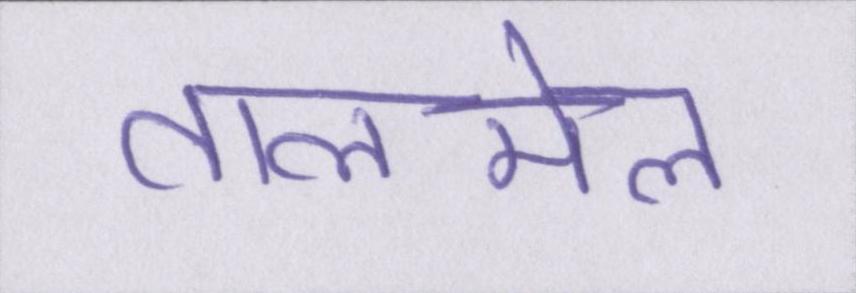
तालमेल